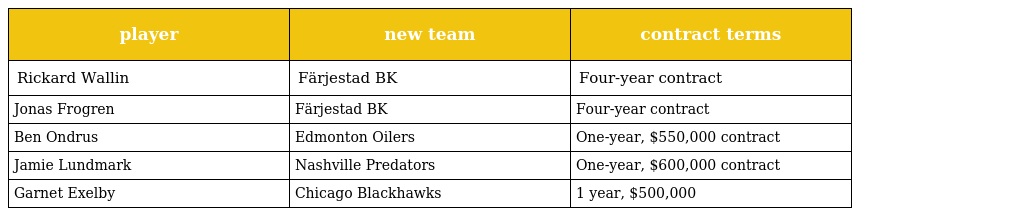
| player | new team | contract terms |
 | --- | --- | --- |
 | Rickard Wallin | Färjestad BK | Four-year contract |
 | Jonas Frogren | Färjestad BK | Four-year contract |
 | Ben Ondrus | Edmonton Oilers | One-year, $550,000 contract |
 | Jamie Lundmark | Nashville Predators | One-year, $600,000 contract |
 | Garnet Exelby | Chicago Blackhawks | 1 year, $500,000 |